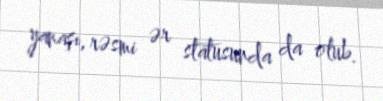
yanaşı, rəsmi ər statusunda da olub.